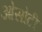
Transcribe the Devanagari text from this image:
ओसोटी